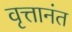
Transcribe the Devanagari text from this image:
वृत्तानंत